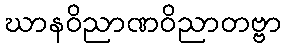
ဃာနဝိညာဏဝိညာတဗ္ဗာ